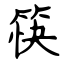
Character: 筷